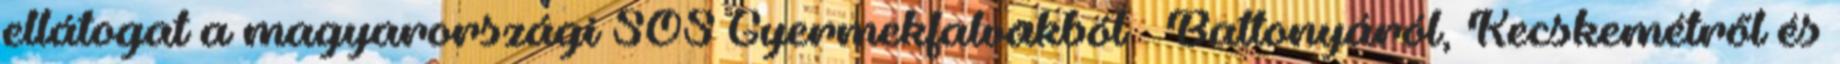
ellátogat a magyarországi SOS Gyermekfalvakból – Battonyáról, Kecskemétről és